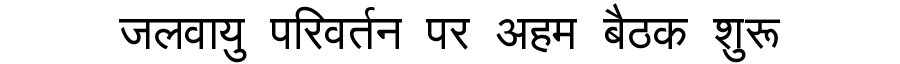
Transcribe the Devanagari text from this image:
जलवायु परिवर्तन पर अहम बैठक शुरू